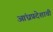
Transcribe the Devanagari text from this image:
आंध्रप्रदेशाची